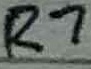
Text: R7